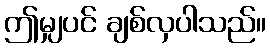
ဤမျှပင် ချစ်လှပါသည်။